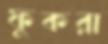
ফুকরা